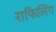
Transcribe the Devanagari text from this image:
राफिलिंग